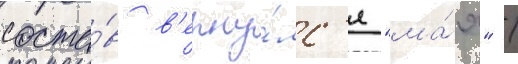
соста́в в'ерну́лс'я "ма́я" /